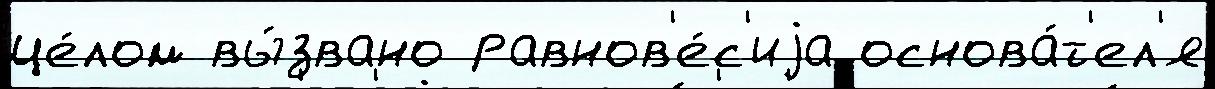
це́лом вы́звано равнов'е́с'иjа основа́т'ел'я